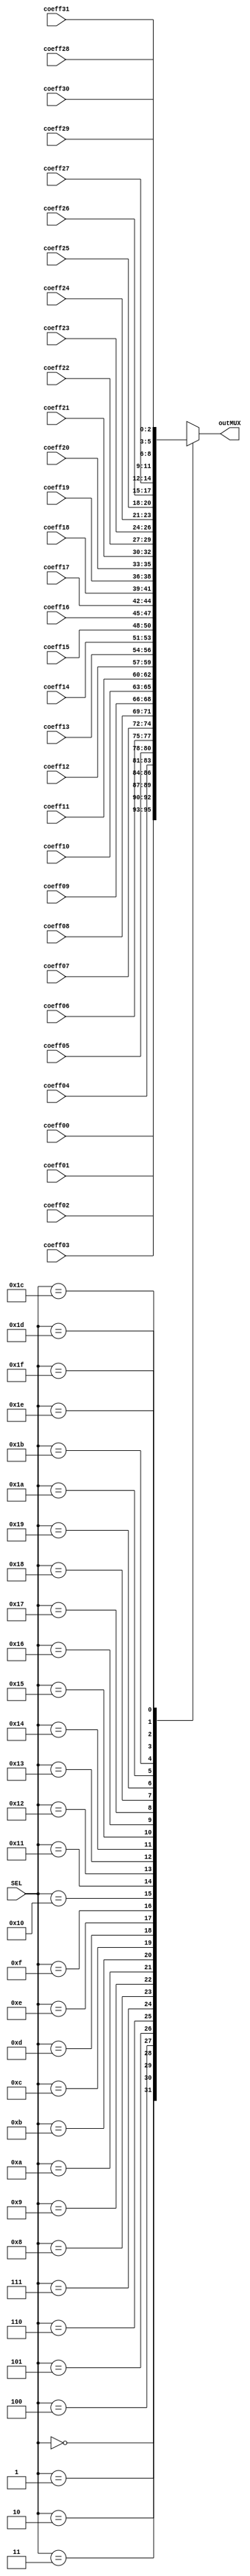
`timescale 1ns / 1ps
//////////////////////////////////////////////////////////////////////////////////
// Company: 
// Engineer: 
// 
// Design Name: 
// Module Name:    multiplexor32a1 
// Project Name: 
// Target Devices: 
// Tool versions: 
// Description: 
//
// Dependencies: 
//
// Revision: 
// Revision 0.01 - File Created
// Additional Comments: 
//
//////////////////////////////////////////////////////////////////////////////////
module multiplexor32a1 #(parameter Width = 3)
 (coeff00,coeff01,coeff02,coeff03,coeff04,coeff05,coeff06,coeff07,coeff08,coeff09,
  coeff10,coeff11,coeff12,coeff13,coeff14,coeff15,coeff16,coeff17,coeff18,coeff19,
  coeff20,coeff21,coeff22,coeff23,coeff24,coeff25,coeff26,coeff27,coeff28,coeff29, 
  coeff30,coeff31,SEL,outMUX);
  
  input [4:0] SEL;
  input signed  [Width-1:0] coeff00,coeff01,coeff02,coeff03,coeff04,coeff05,coeff06,coeff07,coeff08,coeff09,
  coeff10,coeff11,coeff12,coeff13,coeff14,coeff15,coeff16,coeff17,coeff18,coeff19,
  coeff20,coeff21,coeff22,coeff23,coeff24,coeff25,coeff26,coeff27,coeff28,coeff29, 
  coeff30,coeff31;
  
  output reg signed [Width-1:0] outMUX;
  
  always @*begin
		case (SEL)
         5'd00: outMUX <= coeff00;
         5'd01: outMUX <= coeff01;
         5'd02: outMUX <= coeff02;
         5'd03: outMUX <= coeff03;
         5'd04: outMUX <= coeff04;
         5'd05: outMUX <= coeff05;
         5'd06: outMUX <= coeff06;
         5'd07: outMUX <= coeff07;
			5'd08: outMUX <= coeff08;
         5'd09: outMUX <= coeff09;
			5'd10: outMUX <= coeff10;
         5'd11: outMUX <= coeff11;
         5'd12: outMUX <= coeff12;
         5'd13: outMUX <= coeff13;
         5'd14: outMUX <= coeff14;
         5'd15: outMUX <= coeff15;
         5'd16: outMUX <= coeff16;
         5'd17: outMUX <= coeff17;
			5'd18: outMUX <= coeff18;
         5'd19: outMUX <= coeff19;
			5'd20: outMUX <= coeff20;
         5'd21: outMUX <= coeff21;
         5'd22: outMUX <= coeff22;
         5'd23: outMUX <= coeff23;
         5'd24: outMUX <= coeff24;
         5'd25: outMUX <= coeff25;
         5'd26: outMUX <= coeff26;
         5'd27: outMUX <= coeff27;
			5'd28: outMUX <= coeff28;
         5'd29: outMUX <= coeff29;	
			5'd30: outMUX <= coeff30;
         5'd31: outMUX <= coeff31;
			
      endcase
  end


endmodule